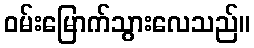
ဝမ်းမြောက်သွားလေသည်။